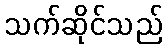
သက်ဆိုင်သည်